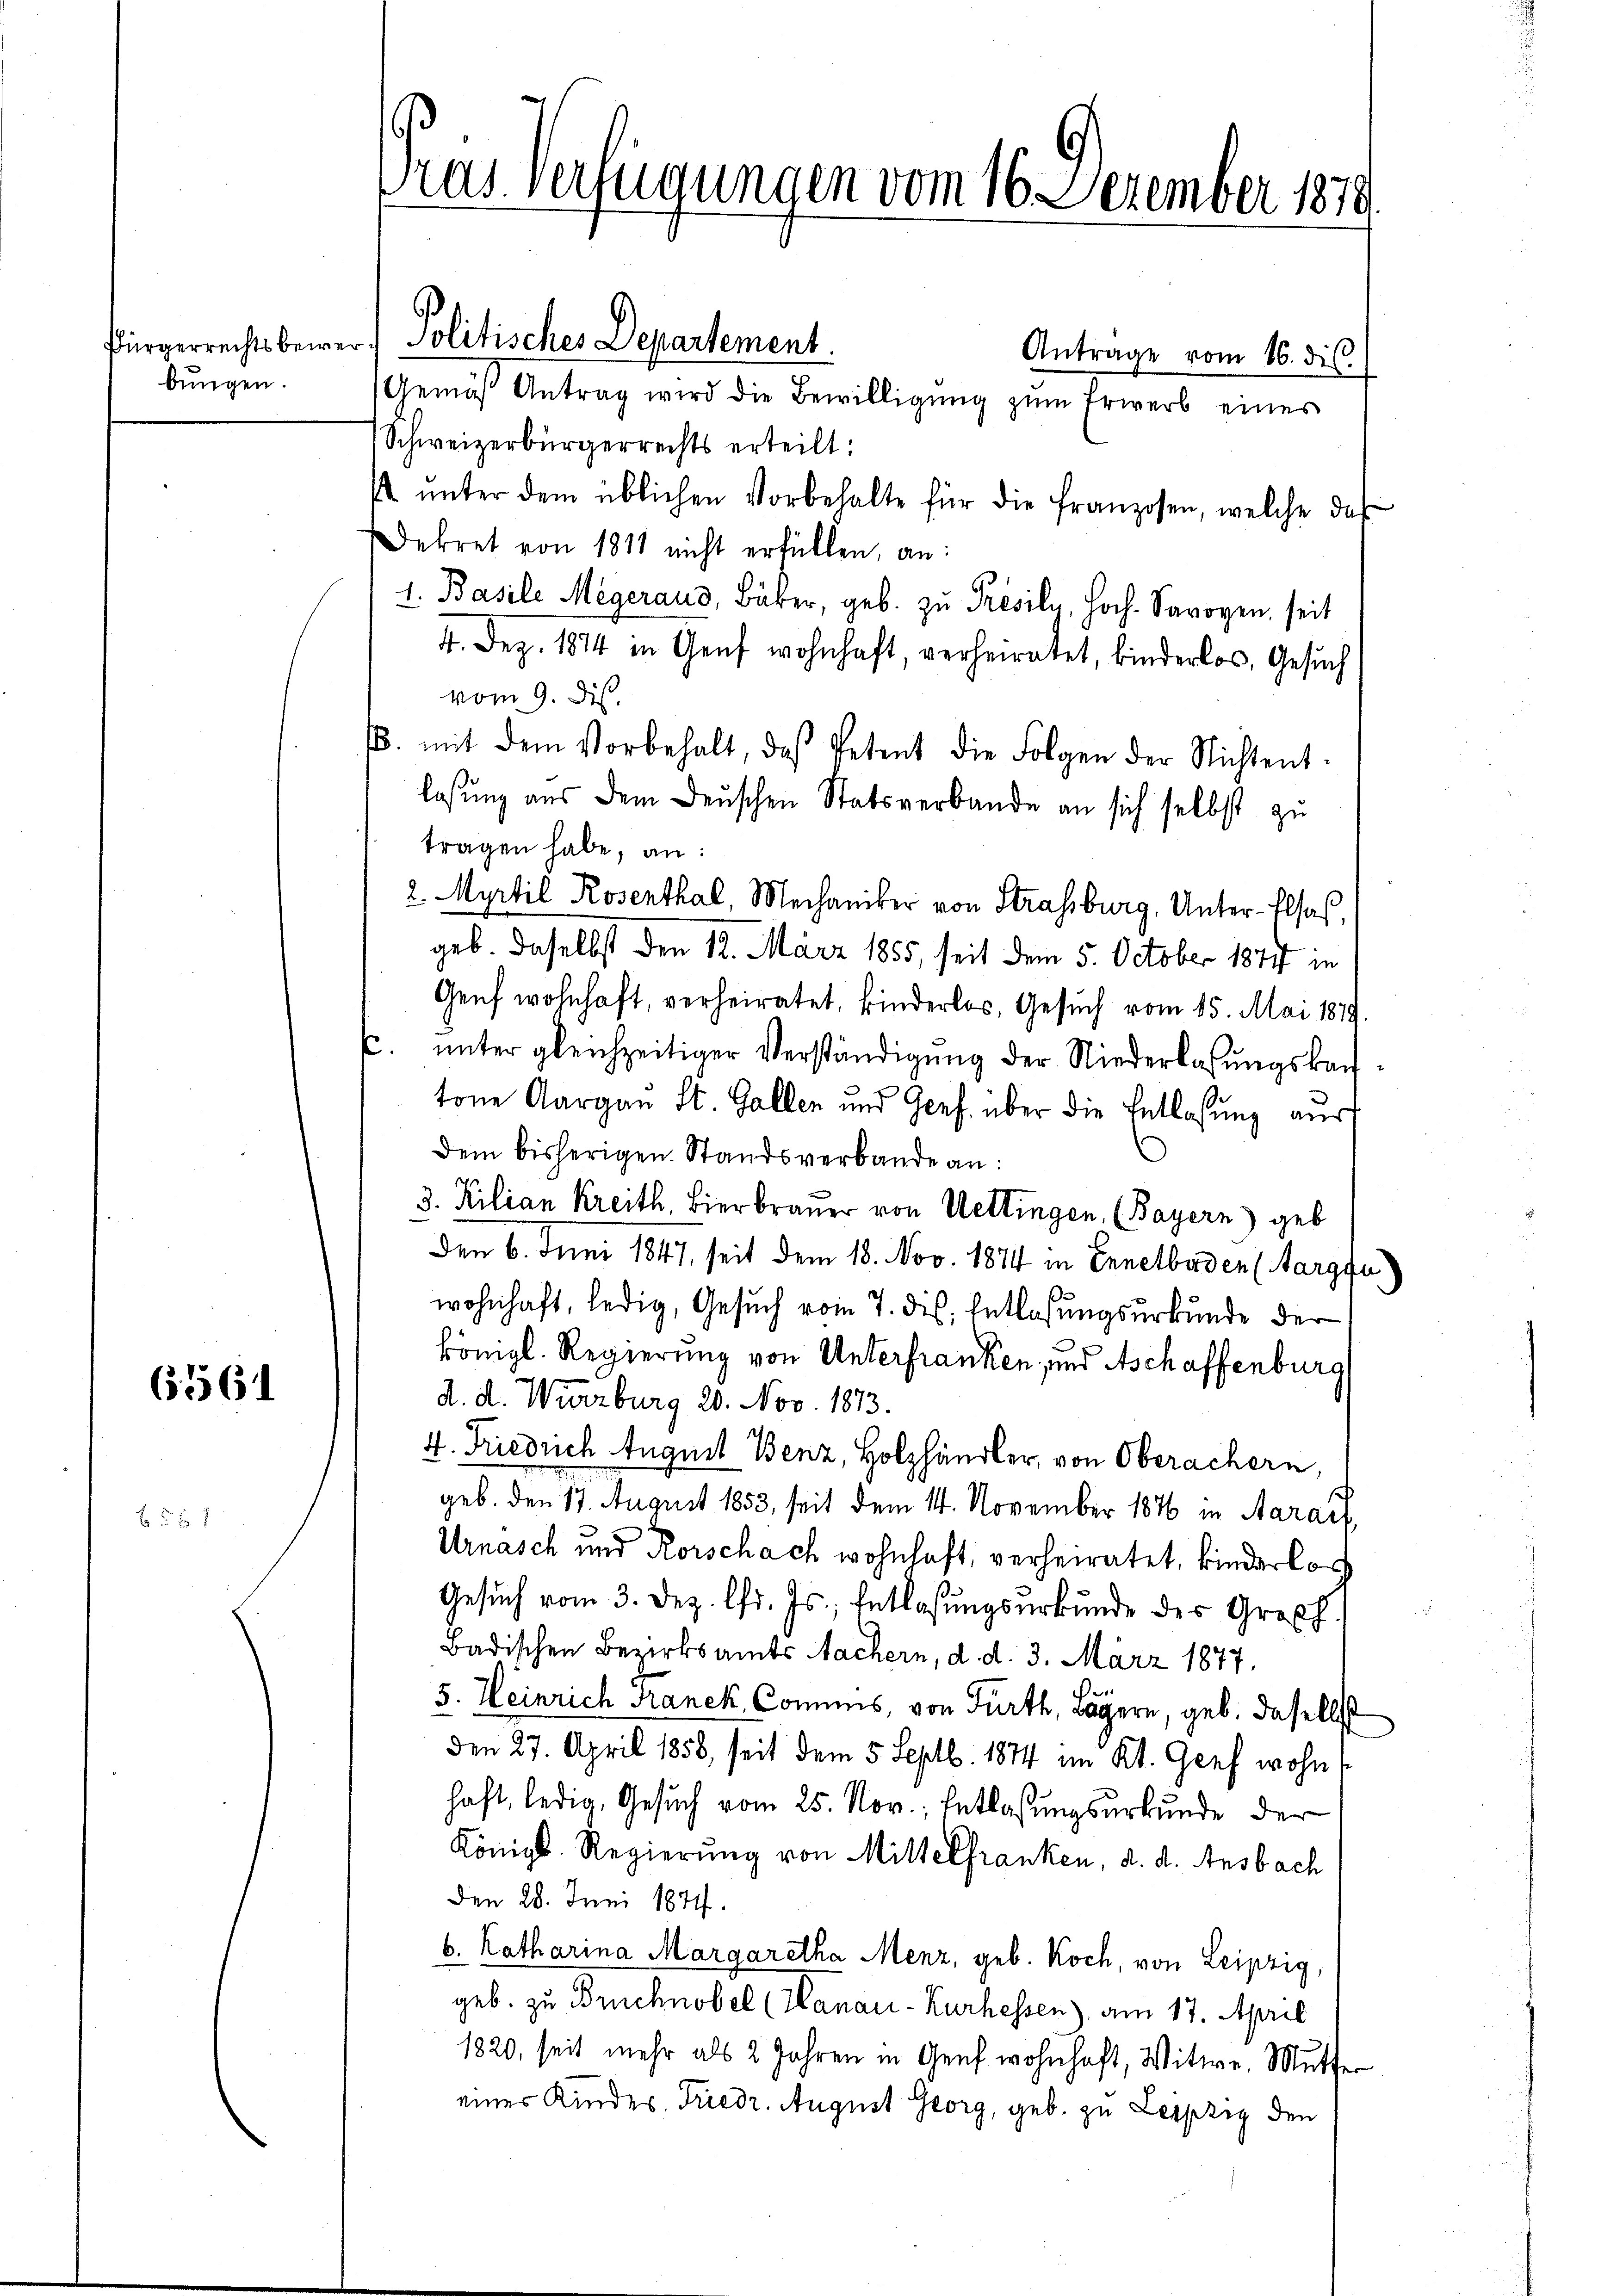
bungen.

61561

2

Antrage vom 16. dis
Gemäβ Antrag wird die Bewilligŭng zŭm Erwerb einer
Schweizerbürgerrechts erteilt:
 ŭnter dem üblichen Vorbehalte für die franzosen, welche das
Dekret von 1811 nicht erfüllen, an:
1. Basile Megeraus, Bäker, geb. zu Présiln, hoch. Savoyen, seit
4. Dez. 1874 in Genf wohnhaft, verheiratet, binderlos, Gesuch
vom 9. dis.
B. mit dem Vorbehalt, daß Petent die Folgen der Nichtent-
lassŭng aus dem denschen Statsverbande an sich selbst zu
tragen habe, an:
2 Myrtil Rosenthal, Mechaniker von Strassburg, Unter-Elsas,
geb. Daselbst den 12. März 1855, seit dem 5. October 1874 in
Genf wohnhaft, verheiratet, kinderlos, Gesuch vom 15. Mai 1879.
C. unter gleichzeitiger Verständigung der Niederlaßungskauftöne Aargau St. Gallen und Genf. über die Entlaßung aus
dem bisherigen Standsverbande an:
3. Kilian Kreith, Bierbrauer von Wettingen, (Bayern) geb.
Den 6. Juni 1847, seit dem 18. Nov. 1874 in Ennelboden (Margfa
wohnhaft, ledig, Gesuch vom 7. des Entlaßungsurkunde der
königl. Regierung von Unterfranken, und Aschaffenburg
d. d. Würzburg 20. Nov. 1873.
4. Friedrich Auguil Benz, Holzhändler, von Oberachern
geb. den 17. August 1853, seit dem 14. November 1876 in Aarauf,
Urnasch und Rorschach wohnhaft, verheiratet, kinderlor
Gesuch vom 3. Dez. fr. Js., Entlaßungsurkunde des Großh.
Badischen Bezirksamts Nachern, d. d. 3. März 1877.
5. Heinrich Franck, Commis, von Fürth, Lägern, geb. daselbst
den 27. April 1858, seit dem 5. Septb. 1874 im Kt. Genf wohnt
haft, ledig, Gesuch vom 25. Nov., Entlaßungsurkunde der
Königl. Regierung von Mittelfranken, d. d. Ansbach
Den 28. Juni 1874.
b. Katharina Margaretha Menz, geb. Koch, von Leipzig,
geb. zu Bruchnobel (Hanau-Kurhessen), am 17. April
1820, seit mehr als 2 Jahren in Genf wohnhaft, Witwe, Mutte
einer Kindes, Friedr. August Georg, geb. zu Leipzig den

Vries Verfügungen vom 16. Dezember 1870

Bürgerrechtsbewer. Politisches Departement.